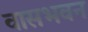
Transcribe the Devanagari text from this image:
वासभवन